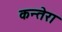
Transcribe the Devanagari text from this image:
कन्तेरा